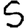
Digit: 5